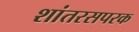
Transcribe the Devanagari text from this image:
शांतरसपरक